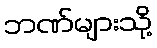
ဘဏ်များသို့